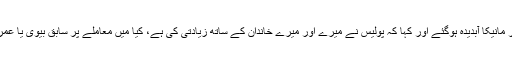
عدالت کے روبرو خاور مانیکا آبدیدہ ہوگئے اور کہا کہ پولیس نے میرے اور میرے خاندان کے ساتھ زیادتی کی ہے، کیا میں معاملے پر سابق بیوی یا عمران خان سے بات کرتا۔